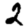
Digit: 2